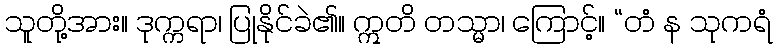
သူတို့အား။ ဒုက္ကရာ၊ ပြုနိုင်ခဲ၏။ ဣတိ တသ္မာ၊ ကြောင့်။ “တံ န သုကရံ